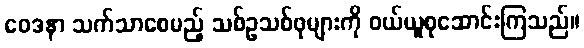
ဝေဒနာ သက်သာစေမည့် သစ်ဥသစ်ဖုများကို ဝယ်ယူစုဆောင်းကြသည်။